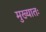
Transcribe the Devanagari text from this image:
मुख्यातः